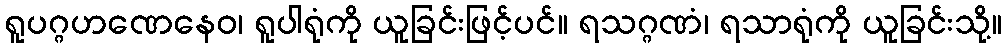
ရူပဂ္ဂဟဏေနေဝ၊ ရူပါရုံကို ယူခြင်းဖြင့်ပင်။ ရသဂ္ဂဏံ၊ ရသာရုံကို ယူခြင်းသို့။